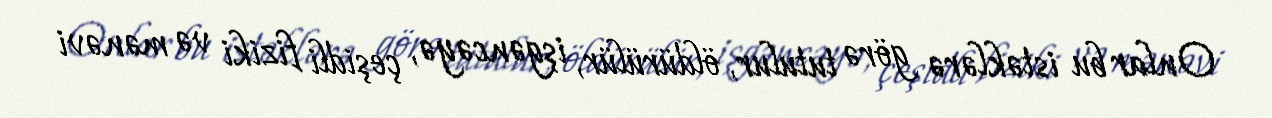
Onlar bu istəklərə görə tutulur, öldürülür, işgəncəyə, çeşidli fiziki və mənəvi